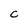
Character: C